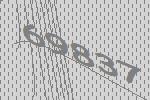
69837